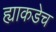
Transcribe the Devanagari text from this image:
ह्याकडेच